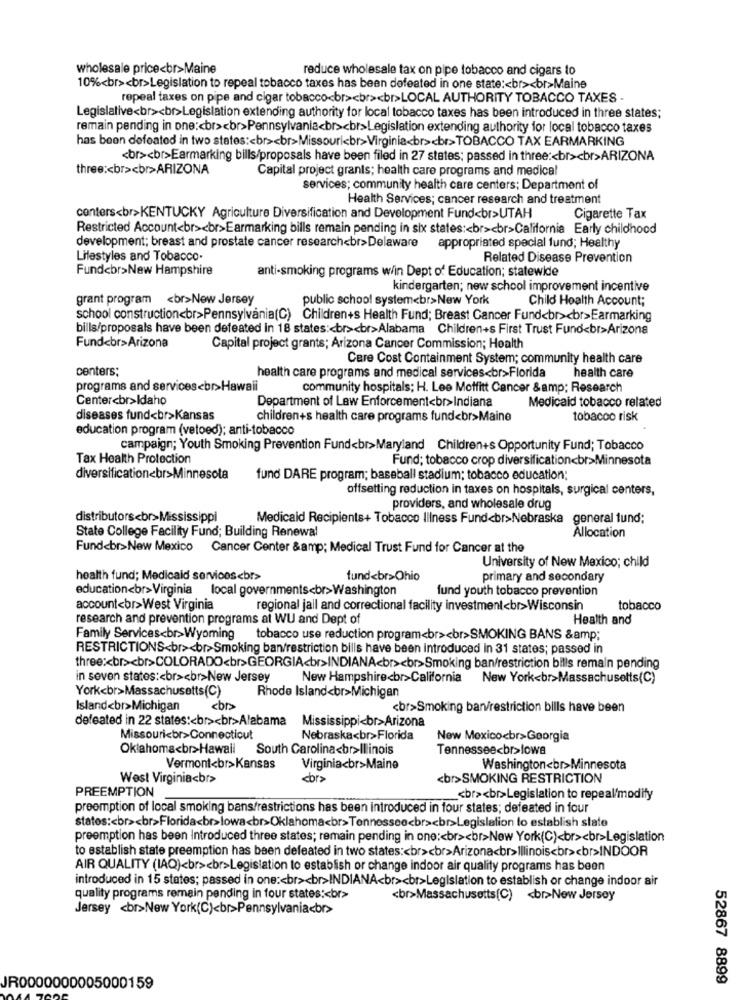
wholesale price<br>Maine
reduce wholesale tax on pipe tobacco and cigars to
10%<br><br>Legislation to repeal tobacco taxes has been defeated in one state :< br><br>Maine
repeal taxes on pipe and cigar tobacco<br><br><br>LOCAL AUTHORITY TOBACCO TAXES -
Legislative<br><br>Legislation extending authority for local tobacco taxes has been introduced in three states;
remain pending in one :< br><br>Pennsylvania<br><br>Legislation extending authority for local tobacco taxes
has been defeated in two states :< br><br>Missouri<br>Virginia<br><br>TOBACCO TAX EARMARKING
<br><br>Earmarking bills/proposals have been filed in 27 states; passed in three :< br><br>ARIZONA
three :< br><br>ARIZONA
Capital project grants; health care programs and medical
services; community health care centers; Department of
Health Services; cancer research and treatment
centers<br>KENTUCKY Agriculture Diversification and Development Fund<br>UTAH
Cigarette Tax
Restricted Account<br><br>Earmarking bills remain pending in six states :< br><br>California Early childhood
development; breast and prostate cancer research<br>Delaware
appropriated special fund; Healthy
Lifestyles and Tobacco.
Related Disease Prevention
Fundcbr>New Hampshire
anti-smoking programs w/in Dept of Education; statewide
kindergarten; new school improvement incentive
grant program <br>New Jersey
public school system<br>New York
Child Health Account;
school construction<br>Pennsylvania(C) Children+s Health Fund; Breast Cancer Fund<br><br>Earmarking
bills/proposals have been defeated in 18 states :< br><br>Alabama Children+s First Trust Fund<br>Arizona
Fund<br>Arizona
Capital project grants; Arizona Cancer Commission; Health
Care Cost Containment System; community health care
centers;
health care
health care programs and medical services<br>Florida
programs and services<br>Hawaii
community hospitals; H. Lee Moffitt Cancer &amp; Research
Center<br>Idaho
Medicaid tobacco related
Department of Law Enforcement<br>Indiana
diseases fund<br>Kansas
children+s health care programs fund<br>Maine
tobacco risk
education program (vetoed); anti-tobacco
campaign; Youth Smoking Prevention Fund<br>Maryland Children+s Opportunity Fund; Tobacco
Tax Health Protection
Fund; tobacco crop diversification<br>Minnesota
diversification<br>Minnesota
fund DARE program; baseball stadium; tobacco education;
offsetting reduction in taxes on hospitals, surgical centers,
providers, and wholesale drug
distributors<br>Mississippi
Medicaid Recipients+ Tobacco Iliness Fund<br>Nebraska general fund;
State College Facility Fund; Building Renewal
Allocation
Fund<br>New Mexico Cancer Center &amp; Medical Trust Fund for Cancer at the
University of New Mexico; child
health fund; Medicaid services<br>
fund<br>Ohio
primary and secondary
education<br>Virginia local governments<br>Washington
fund youth tobacco prevention
account<br>West Virginia
regional jail and correctional facility investment<br>Wisconsin
tobacco
research and prevention programs at WU and Dept of
Health and
Family Services<br>Wyoming tobacco use reduction program<br><br>SMOKING BANS &amp;
RESTRICTIONS<br><br>Smoking ban/restriction bills have been introduced in 31 states; passed in
three :< br><br>COLORADO<br>GEORGIA<br>INDIANA<br><br>Smoking ban/restriction bills remain pending
in seven states :< br><br>New Jersey
New Hampshire<br>California
New York<br>Massachusetts(C)
York<br>Massachusetts(C)
Rhode Island<br>Michigan
Island<br>Michigan
<br>Smoking ban/restriction bills have been
defeated in 22 states :< br><br>Alabama Mississippi<br>Arizona
Missouri<br>Connecticut
Nebraska<br>Florida
New Mexico<br>Georgia
Oklahoma<br>Hawaii
South Carolina<br>Illinois
Tennessee<br>lowa
Vermont<br>Kansas
Virginia<br>Maine
Washington<br>Minnesota
West Virginia<br>
<br>
<br>SMOKING RESTRICTION
PREEMPTION
<br><br>Legislation to repeal/modify
preemption of local smoking bans/restrictions has been introduced in four states; defeated in four
states :< br><br>Florida<br>lowa<br>Oklahoma<br>Tennessee<br><br>Legislation to establish state
preemption has been Introduced three states; remain pending in one :< br><br>New York(C)<br><br>Legislation
to establish state preemption has been defeated in two states :< br><br>Arizona<br>Illinois<br><br>INDOOR
AIR QUALITY (IAQ)<br><br>Legislation to establish or change indoor air quality programs has been
introduced in 15 states; passed in one :< br><br>INDIANA<br><br>Legislation to establish or change indoor air
quality programs remain pending in four states :< br>
<br>Massachusetts(C) <br>New Jersey
Jersey <br>New York(C)<br>Pennsylvania<b>
52867 8899
JR0000000005000159